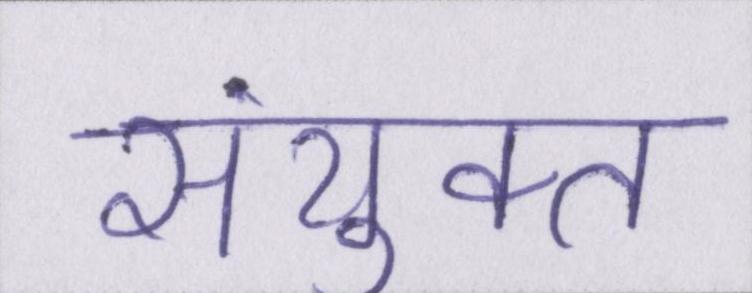
संयुक्त